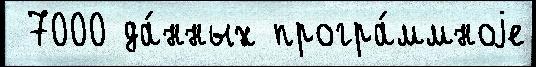
 7000 да́нных програ́ммноjе